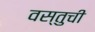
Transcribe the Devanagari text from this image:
वस्तुची